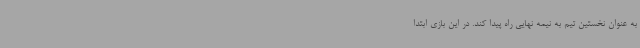
به عنوان نخستین تیم به نیمه نهایی راه پیدا کند. در این بازی ابتدا